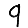
Digit: 9